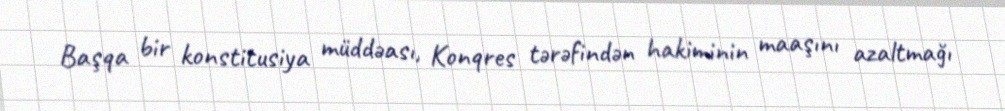
Başqa bir konstitusiya müddəası, Konqres tərəfindən hakiminin maaşını azaltmağı